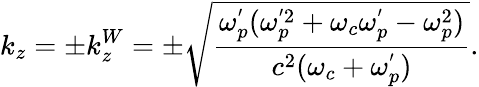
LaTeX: k_{z}=\pm k_{z}^{W}=\pm\sqrt{\frac{\omega_{p}^{'}(\omega_{p}^{'2}+\omega_{c}\omega_{p}^{'}-\omega_{p}^{2})}{c^{2}(\omega_{c}+\omega_{p}^{'})}}.